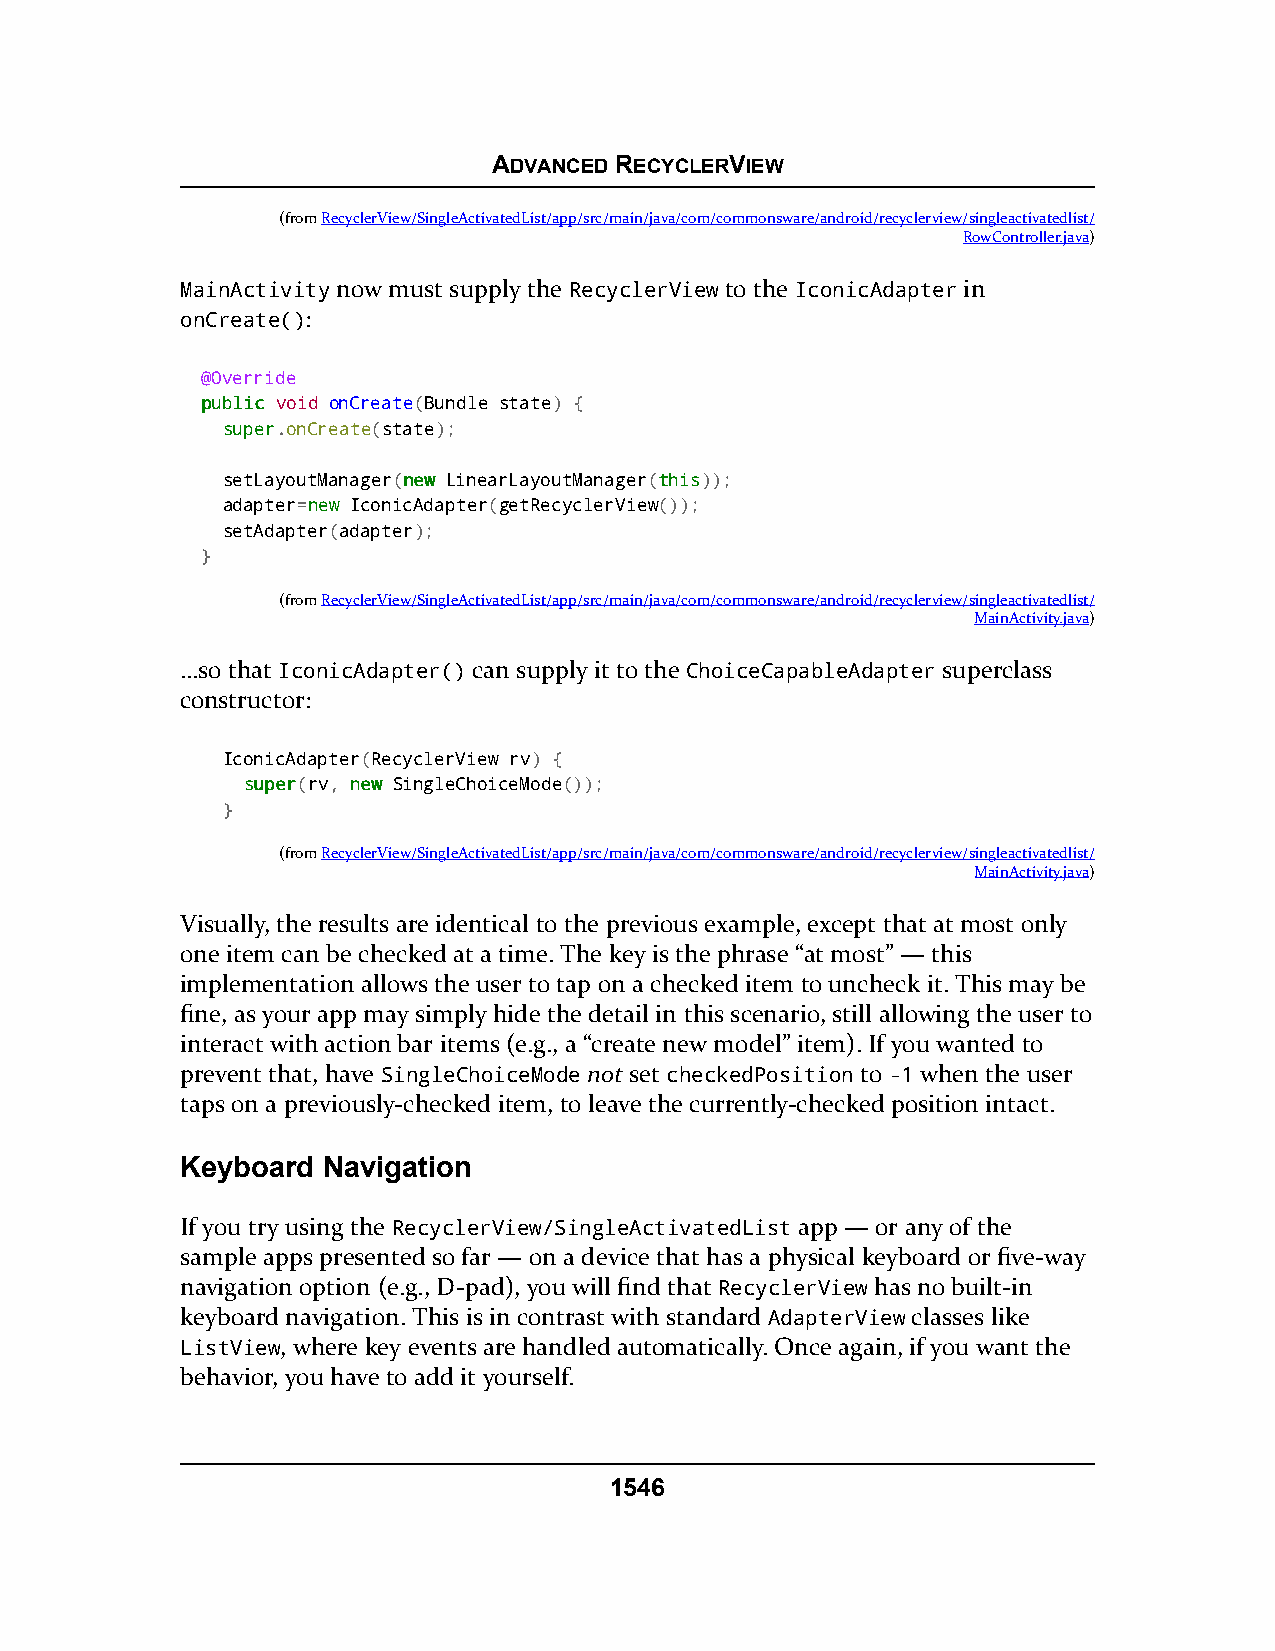
ADVANCED RECYCLERVIEW
 (fromRecyclerView/SingleActivatedList/app/src/main/java/com/commonsware/android/recyclerview/singleactivatedlist/
 RowController.java)
 MainActivity now must supply the RecyclerView to the IconicAdapter in
 onCreate():
 @Override
 ppuubblliicc void onCreate(Bundle state) {
 ssuuppeerr.onCreate(state);
 setLayoutManager(nneeww LinearLayoutManager(tthhiiss));
 adapter=nneeww IconicAdapter(getRecyclerView());
 setAdapter(adapter);
 }
 (fromRecyclerView/SingleActivatedList/app/src/main/java/com/commonsware/android/recyclerview/singleactivatedlist/
 MainActivity.java)
 …so that IconicAdapter() can supply it to the ChoiceCapableAdapter superclass
 constructor:
 IconicAdapter(RecyclerView rv) {
 ssuuppeerr(rv, nneeww SingleChoiceMode());
 }
 (fromRecyclerView/SingleActivatedList/app/src/main/java/com/commonsware/android/recyclerview/singleactivatedlist/
 MainActivity.java)
 Visually, the results are identical to the previous example, except that at most only
 one item can be checked at a time. The key is the phrase “at most” — this
 implementation allows the user to tap on a checked item to uncheck it. This may be
 fine, as your app may simply hide the detail in this scenario, still allowing the user to
 interact with action bar items (e.g., a “create new model” item). If you wanted to
 prevent that, have SingleChoiceMode not set checkedPosition to -1 when the user
 taps on a previously-checked item, to leave the currently-checked position intact.
 Keyboard Navigation
 If you try using the RecyclerView/SingleActivatedList app — or any of the
 sample apps presented so far — on a device that has a physical keyboard or five-way
 navigation option (e.g., D-pad), you will find that RecyclerView has no built-in
 keyboard navigation. This is in contrast with standard AdapterView classes like
 ListView, where key events are handled automatically. Once again, if you want the
 behavior, you have to add it yourself.
 1546